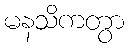
မနသိကတွာ